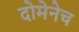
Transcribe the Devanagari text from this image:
दोमेनेच